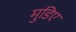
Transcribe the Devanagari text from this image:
मुडिए